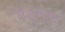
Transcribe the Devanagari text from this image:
वेशुमार